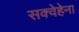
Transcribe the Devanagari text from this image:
सक्वेहेना